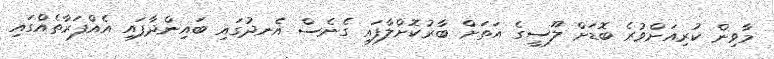
މާވިން ކުރިއަށްވުރެ ބޮޑަށް ލޫސީގެ އަތަށް ބާރުކޮށްލާފައި ގެނެސް އެނދުގައި ބައިންދާފައި އެއްފަރާތެއްގައި